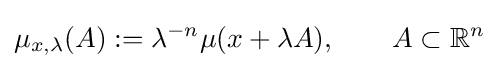
\mu _{x,\lambda }(A):=\lambda ^{-n}\mu (x+\lambda A),\qquad A\subset \mathbb {R} ^{n}